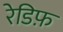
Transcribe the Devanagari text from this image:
रेडिफ़